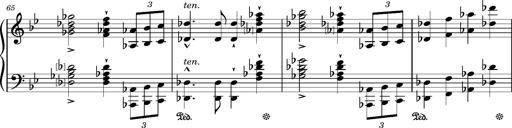
Title: Ungarischer Marsch
Composer: Friedrich Nietzsche